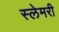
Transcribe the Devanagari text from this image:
स्लेमरी